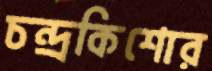
চন্দ্রকিশোর